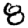
Digit: 8